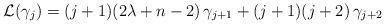
LaTeX: \begin{align*}\mathcal{L}(\gamma_j) = (j+1)(2\lambda +n-2)\,\gamma_{j+1} + (j+1)(j+2)\,\gamma_{j+2}\end{align*}